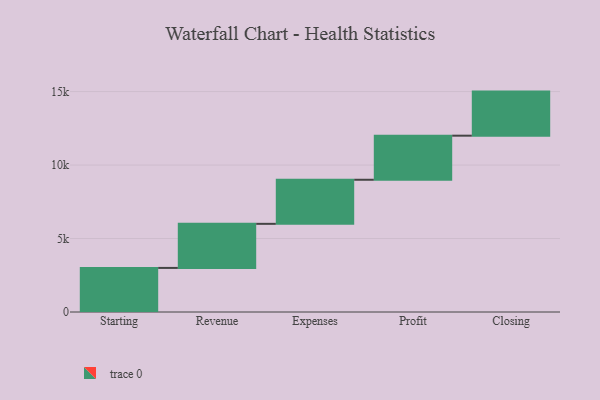
{"axis": {"x": "Step", "y": "Value"}, "legend": [""], "data": [{"x": "Starting", "y": 3000, "type": ""}, {"x": "Revenue", "y": 3000, "type": ""}, {"x": "Expenses", "y": 3000, "type": ""}, {"x": "Profit", "y": 3000, "type": ""}, {"x": "Closing", "y": 3000, "type": ""}]}